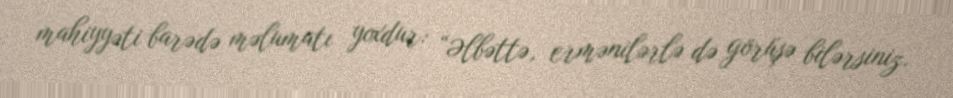
mahiyyəti barədə məlumatı yoxdur: “Əlbəttə, ermənilərlə də görüşə bilərsiniz.